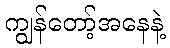
ကျွန်တော့်အနေနဲ့